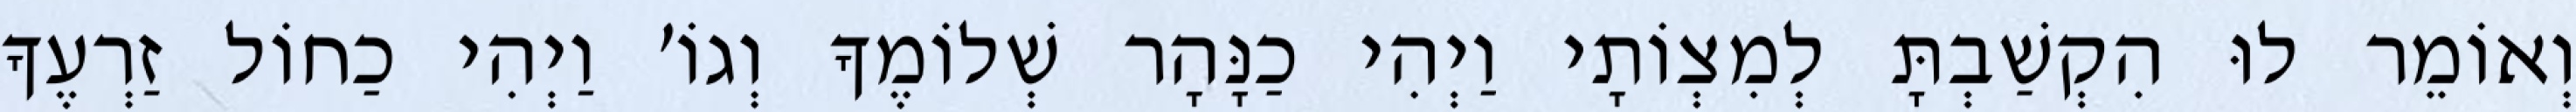
וְאוֹמֵר לוּ הִקְשַׁבְתָּ לְמִצְוֹתָי וַיְהִי כַנָּהָר שְׁלוֹמֶךָ וְגוֹ׳ וַיְהִי כַחוֹל זַרְעֶךָ